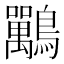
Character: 𪈀